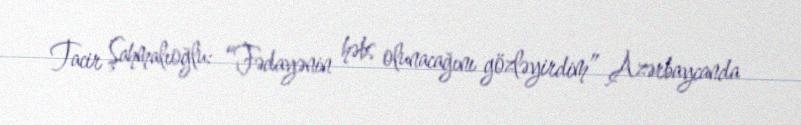
Tacir Şahmalıoğlu: “Fədayənin həbs olunacağını gözləyirdim” Azərbaycanda